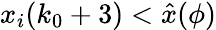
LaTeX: x_{i}(k_{0}+3)<\hat{x}(\phi)